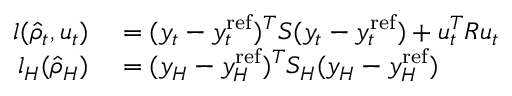
\begin{array} { r l } { l ( \hat { \rho } _ { t } , u _ { t } ) } & { { } = ( y _ { t } - y _ { t } ^ { \mathrm { r e f } } ) ^ { T } S ( y _ { t } - y _ { t } ^ { \mathrm { r e f } } ) + u _ { t } ^ { T } R u _ { t } } \\ { l _ { H } ( \hat { \rho } _ { H } ) } & { { } = ( y _ { H } - y _ { H } ^ { \mathrm { r e f } } ) ^ { T } S _ { H } ( y _ { H } - y _ { H } ^ { \mathrm { r e f } } ) } \end{array}